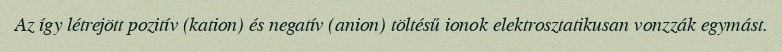
Az így létrejött pozitív (kation) és negatív (anion) töltésű ionok elektrosztatikusan vonzzák egymást.